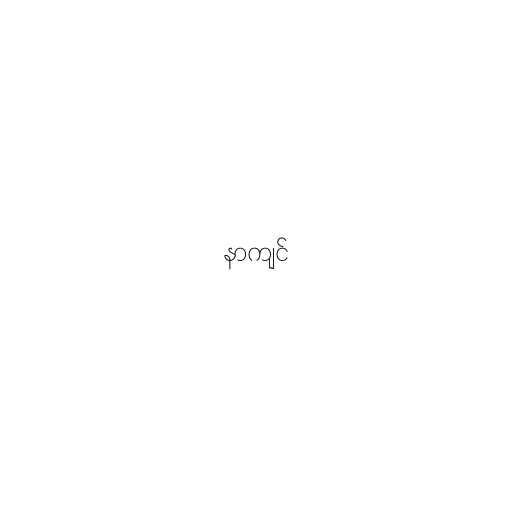
နာကျင်